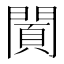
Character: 𨵪